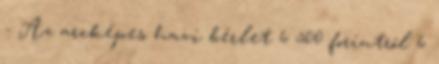
- Az arcképes havi bérlet 6 500 forintról 6